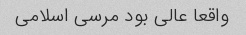
واقعا عالی بود مرسی اسلامی